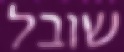
שובל